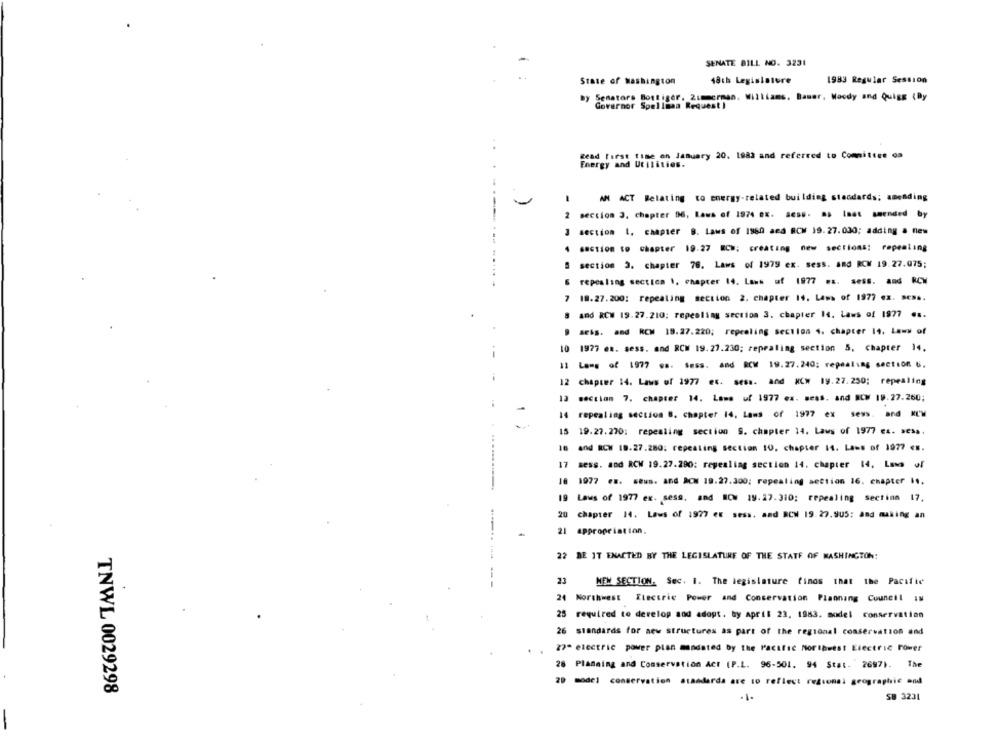
SENATE BILL NO. 3231
State of washington
18th Legislature
1983 Regular Session
By Senators Bogtiger, Zimmerman. Williams, Bauer, Woody and Quigg (By
Governor Spellman Request )
Read First time on January 20. 1883 and referred to Committee on
Energy and Utilities.
AN ACT Relating to energy-related building standards; amending
2 section 3, chapter 96, Laws of 1974 OK. Ses .. as Inet amended by
J section 1. chapter B. Laws of 1960 aed RCW 19.27.030; adding a new
section to chapter 19.27 ECM: creating new sections: repealing
S section 3. chapter 78. Laws of 1979 ex. sess. and RCM 19.27.075;
repealing section 1, chapter 14. Laws of 1977 #s. sess. and RCW
7 19.27.200: repeating section 2. chapter 14. Laws of 1977 ex. ses ..
8 and RCW 19.27.210: repealing section 3. chapter 14. Laws of 1977 .s.
B seis. and RCM 18.27.220; repealing section 4. chapter 14. Laws of
10 1977 ex. sess. and RCM 19.27.230; repealing section &, chapter 14.
Il Lans of 1977 vs. Sess. and RCM 19.27.240; repealing section 6.
12 chapter 14. Laws of 1977 es. sess. and NCW 19.27.250; repealing
section 7. chapter 14. Lama uf 1977 ex. sess. and RCM 19.27.260;
14 repealing section 8. chapter 14, Lams of 1977 ex sess. and KLM
15 19.27.270: repealing section S. chapter 14. Laws of 1977 es. sesa.
16 and ROW 18.27.280; repealing section 10, chapter 14. Laws of 1977 <m.
17 sess. and RCW 19.27.290: repealing section 14. chapter 14, Laws of
18 1977 es. seus. And ACW 19.27.300; repealing section 16. chapter is.
19 Laws of 1977 ex. sess. and NOW 19.27.310; repealing section 17,
20 chapter 14. Laws of 1977 ex sess. and RCW 19.27.905: and making an
21 appropriation.
22 DE IT ENACTED BY THE LEGISLATURE OF THE STATE OF WASHINGTON:
23
MEW SECTION. Sec. 1. The legislature finds that the Pacific
24 Northwest Electric Power and Conservation Plaonang Council IN
25 required to develop sod adopt. by April 23. 1883. model conservation
26 standards for new structures as part of the regional conservation and
27- electric power plan mandated by the Pacific Northwest Electric Power
28 Planning and Conservation Act (P.L. 96-501. 94 Stat."2697). The
29 model conservation standarda are to reflect regional geographic and
TNWL 0029298
SB 3231